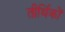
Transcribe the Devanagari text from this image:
तीर्थिकों